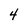
Character: 4